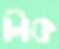
নিক